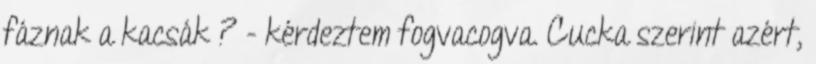
fáznak a kacsák ? - kérdeztem fogvacogva. Cucka szerint azért,